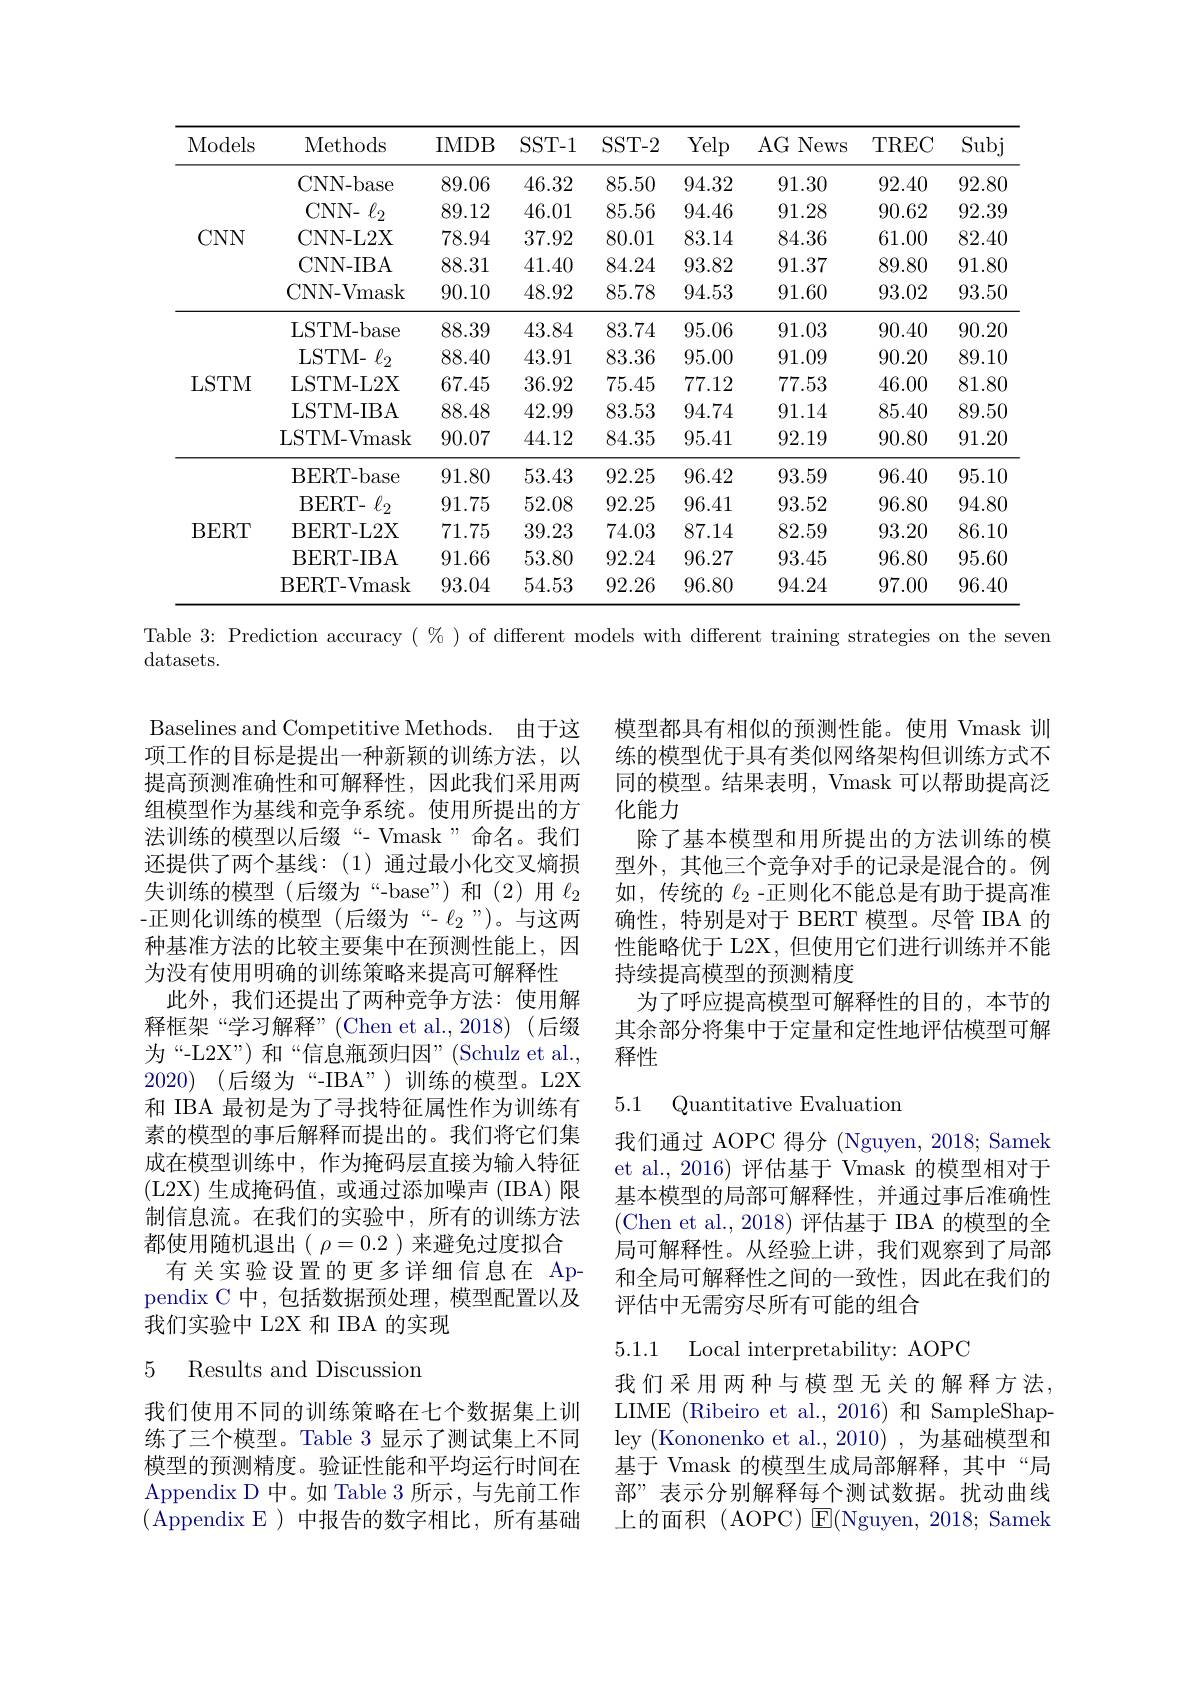
<table>
	<tbody>
		<tr>
			<th>Models</th>
			<th>Methods</th>
			<th>IMDB</th>
			<th>$SST-1$</th>
			<th>SST- 2</th>
			<th>Yelp</th>
			<th>AG News - 、</th>
			<th>TREC</th>
			<th>Subj</th>
		</tr>
		<tr>
			<td rowspan="5">$CNN$</td>
			<td>CNN- base</td>
			<td>89.06</td>
			<td>46.32</td>
			<td>85.50</td>
			<td>94.32</td>
			<td>91.30</td>
			<td>92.40</td>
			<td>92.80</td>
		</tr>
		<tr>
			<td>CNN- $\ell_{2}$ </td>
			<td>89.12</td>
			<td>46.01</td>
			<td>85.56</td>
			<td>94.46</td>
			<td>91.28</td>
			<td>90.62</td>
			<td>92.39</td>
		</tr>
		<tr>
			<td>CNN- L2X</td>
			<td>78.94</td>
			<td>37.92</td>
			<td>80.01</td>
			<td>83.14</td>
			<td>84.36</td>
			<td>61.00</td>
			<td>82.40</td>
		</tr>
		<tr>
			<td>CNN- IBA</td>
			<td>88.31</td>
			<td>41.40</td>
			<td>84.24</td>
			<td>93.82</td>
			<td>91.37</td>
			<td>89.80</td>
			<td>91.80</td>
		</tr>
		<tr>
			<td>CNN- Vmask</td>
			<td>90.10</td>
			<td>48.92</td>
			<td>85.78</td>
			<td>94.53</td>
			<td>91.60</td>
			<td>93.02</td>
			<td>93.50</td>
		</tr>
		<tr>
			<td rowspan="5">LSTM</td>
			<td>LSTM- base</td>
			<td>88.39</td>
			<td>43.84</td>
			<td>83.74</td>
			<td>95.06</td>
			<td>91.03</td>
			<td>90.40</td>
			<td>90.20</td>
		</tr>
		<tr>
			<td>LSTM- $\ell _{2}$</td>
			<td>88.40</td>
			<td>43.91</td>
			<td>83.36</td>
			<td>95.00</td>
			<td>91.09</td>
			<td>90.20</td>
			<td>89.10</td>
		</tr>
		<tr>
			<td>LSTM- L2X</td>
			<td>67.45</td>
			<td>36.92</td>
			<td>75.45</td>
			<td>77.12</td>
			<td>77.53</td>
			<td>46.00</td>
			<td>81.80</td>
		</tr>
		<tr>
			<td>LSTM- IBA</td>
			<td>88.48</td>
			<td>42.99</td>
			<td>83.53</td>
			<td>94.74</td>
			<td>91.14</td>
			<td>85.40</td>
			<td>89.50</td>
		</tr>
		<tr>
			<td>LSTM- Vmask</td>
			<td>90.07</td>
			<td>44.12</td>
			<td>84.35</td>
			<td>95.41</td>
			<td>92.19</td>
			<td>90.80</td>
			<td>91.20</td>
		</tr>
		<tr>
			<td rowspan="5">BERT</td>
			<td>BERT- base</td>
			<td>91.80</td>
			<td>53.43</td>
			<td>92.25</td>
			<td>96.42</td>
			<td>93.59</td>
			<td>96.40</td>
			<td>95.10</td>
		</tr>
		<tr>
			<td>BERT- $\ell _{2}$</td>
			<td>91.75</td>
			<td>52.08</td>
			<td>92.25</td>
			<td>96.41</td>
			<td>93.52</td>
			<td>96.80</td>
			<td>94.80</td>
		</tr>
		<tr>
			<td>BERT- L2X</td>
			<td>71.75</td>
			<td>39.23</td>
			<td>74.03</td>
			<td>87.14</td>
			<td>82.59</td>
			<td>93.20</td>
			<td>86.10</td>
		</tr>
		<tr>
			<td>BERT- IBA</td>
			<td>91.66</td>
			<td>53.80</td>
			<td>92.24</td>
			<td>96.27</td>
			<td>93.45</td>
			<td>96.80</td>
			<td>95.60</td>
		</tr>
		<tr>
			<td>BERT- Vmask</td>
			<td>93.04</td>
			<td>54.53</td>
			<td>92.26</td>
			<td>96.80</td>
			<td>94.24</td>
			<td>97.00</td>
			<td>96.40</td>
		</tr>
	</tbody>
</table>

Table 3: Prediction accuracy $(\%)$ of different models with different training strategies on the seven

datasets.

模型都具有相似的预测性能。使用 Vmask 训练的模型优于具有类似网络架构但训练方式不同的模型。结果表明，Vmask 可以帮助提高泛化能力
除了基本模型和用所提出的方法训练的模型外，其他三个竞争对手的记录是混合的。例如，传统的$\ell_{2}$ -正则化不能总是有助于提高准确性，特别是对于 BERT 模型。尽管 IBA 的性能略优于 L2X, 但使用它们进行训练并不能持续提高模型的预测精度
为了呼应提高模型可解释性的目的，本节的其余部分将集中于定量和定性地评估模型可解释性

Baselines and Competitive Methods. 由于这项工作的目标是提出一种新颖的训练方法，以提高预测准确性和可解释性，因此我们采用两组模型作为基线和竞争系统。使用所提出的方法训练的模型以后缀“- Vmask”命名。我们还提供了两个基线：(1)通过最小化交叉熵损失训练的模型(后缀为“-base”)和(2)用$\ell_2$ -正则化训练的模型(后缀为“-$\ell_{2}”)$。与这两种基准方法的比较主要集中在预测性能上，因为没有使用明确的训练策略来提高可解释性
此外，我们还提出了两种竞争方法：使用解释框架“学习解释”(Chen et al.,2018)(后缀为“-L2X”)和“信息瓶颈归因”(Schulz et al., 2020) (后缀为“-IBA”)训练的模型。L2X 和 IBA 最初是为了寻找特征属性作为训练有素的模型的事后解释而提出的。我们将它们集成在模型训练中，作为掩码层直接为输入特征(L2X)生成掩码值，或通过添加噪声(IBA) 限制信息流。在我们的实验中，所有的训练方法都使用随机退出( $\rho=0.2$ )来避免过度拟合
有关实验设置的更多详细信息在 Appendix C 中，包括数据预处理，模型配置以及我们实验中 L2X 和 IBA 的实现

5.1 Quantitative Evaluatiom

我们通过 AOPC 得分 (Nguyen, 2018; Samek et al.,2016)评估基于 Vmask 的模型相对于基本模型的局部可解释性，并通过事后准确性(Chen et al.,2018)评估基于 IBA 的模型的全局可解释性。从经验上讲，我们观察到了局部和全局可解释性之间的一致性，因此在我们的评估中无需穷尽所有可能的组合

5.1.1 Local interpretability: AOPC

## 5 Results and Discussiom

我们采用两种与模型无关的解释方法， LIME (Ribeiro et al.,2016)和 SampleShapley (Kononenko et al., 2010) , 为基础模型和基于 Vmask 的模型生成局部解释，其中“局部”表示分别解释每个测试数据。扰动曲线上的面积(AOPC)E(Nguyen,2018;Samek

我们使用不同的训练策略在七个数据集上训练了三个模型。Table 3 显示了测试集上不同模型的预测精度。验证性能和平均运行时间在Appendix D 中。如 Table 3 所示 , 与先前工作(Appendix E)中报告的数字相比，所有基础